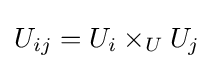
U_{ij}=U_{i}\times _{U}U_{j}